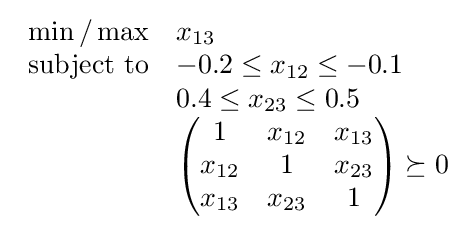
{\begin{array}{rl}{\displaystyle \min /\max }&x_{13}\\{\text{subject to}}&-0.2\leq x_{12}\leq -0.1\\&0.4\leq x_{23}\leq 0.5\\&{\begin{pmatrix}1&x_{12}&x_{13}\\x_{12}&1&x_{23}\\x_{13}&x_{23}&1\end{pmatrix}}\succeq 0\end{array}}